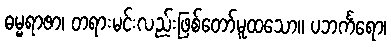
ဓမ္မရာဇာ၊ တရားမင်းလည်းဖြစ်တော်မူထသော။ ပဘင်္ကရော၊